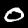
Digit: 0